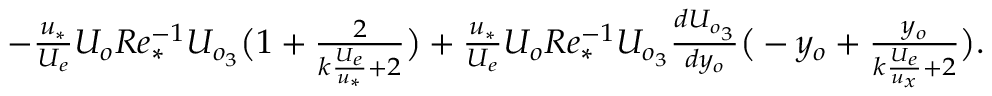
\begin{array} { r } { - \frac { u _ { * } } { U _ { e } } U _ { o } R e _ { * } ^ { - 1 } U _ { o _ { 3 } } \big ( 1 + \frac { 2 } { k \frac { U _ { e } } { u _ { * } } + 2 } \big ) + \frac { u _ { * } } { U _ { e } } U _ { o } R e _ { * } ^ { - 1 } U _ { o _ { 3 } } \frac { d U _ { o _ { 3 } } } { d y _ { o } } \big ( - y _ { o } + \frac { y _ { o } } { k \frac { U _ { e } } { u _ { x } } + 2 } \big ) . } \end{array}